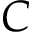
C